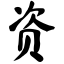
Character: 资